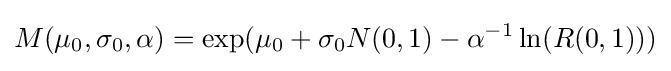
{\begin{aligned}M(\mu _{0},\sigma _{0},\alpha )=\exp(\mu _{0}+\sigma _{0}N(0,1)-\alpha ^{-1}\ln(R(0,1)))\end{aligned}}